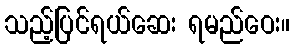
သည့်ပြင်ရယ်ဆေး ရမည်ဝေး။